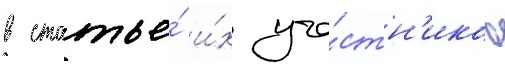
в статье́ и́х уча́стн'иков